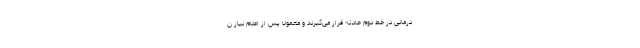
درمانی در خط دوم حادثه قرار می‌گیرند و معمولاً پس از اعلام نیاز ن